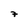
Character: 7